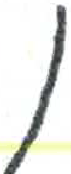
אות: ן